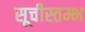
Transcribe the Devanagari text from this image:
सूचीस्तम्भ